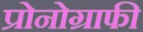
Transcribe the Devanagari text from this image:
प्रोनोग्राफी